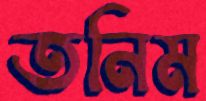
তনিম